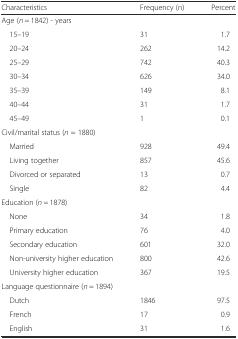
<table><thead><tr><td><b>Characteristics</b></td><td><b>Frequency (n)</b></td><td><b>Percent</b></td></tr></thead><tbody><tr><td colspan="3">Age (<i>n</i> = 1842) - years</td></tr><tr><td> 15–19</td><td>31</td><td>1.7</td></tr><tr><td> 20–24</td><td>262</td><td>14.2</td></tr><tr><td> 25–29</td><td>742</td><td>40.3</td></tr><tr><td> 30–34</td><td>626</td><td>34.0</td></tr><tr><td> 35–39</td><td>149</td><td>8.1</td></tr><tr><td> 40–44</td><td>31</td><td>1.7</td></tr><tr><td> 45–49</td><td>1</td><td>0.1</td></tr><tr><td colspan="3">Civil/marital status (<i>n</i> = 1880)</td></tr><tr><td> Married</td><td>928</td><td>49.4</td></tr><tr><td> Living together</td><td>857</td><td>45.6</td></tr><tr><td> Divorced or separated</td><td>13</td><td>0.7</td></tr><tr><td> Single</td><td>82</td><td>4.4</td></tr><tr><td colspan="3">Education (<i>n</i> = 1878)</td></tr><tr><td> None</td><td>34</td><td>1.8</td></tr><tr><td> Primary education</td><td>76</td><td>4.0</td></tr><tr><td> Secondary education</td><td>601</td><td>32.0</td></tr><tr><td> Non-university higher education</td><td>800</td><td>42.6</td></tr><tr><td> University higher education</td><td>367</td><td>19.5</td></tr><tr><td colspan="3">Language questionnaire (<i>n</i> = 1894)</td></tr><tr><td> Dutch</td><td>1846</td><td>97.5</td></tr><tr><td> French</td><td>17</td><td>0.9</td></tr><tr><td> English</td><td>31</td><td>1.6</td></tr></tbody></table>